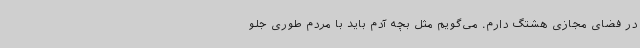
در فضای مجازی هشتگ دارم. می‌گویم مثل بچه آدم باید با مردم طوری جلو